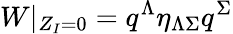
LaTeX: W|_{Z_{I}=0}=q^{\Lambda}\eta_{\Lambda\Sigma}q^{\Sigma}